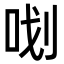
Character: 𭇞